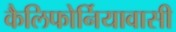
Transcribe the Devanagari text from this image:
कैलिफोर्नियावासी